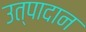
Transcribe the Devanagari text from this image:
उत्पादान